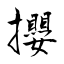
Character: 攖